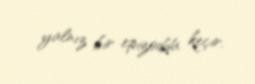
yalnız bir epizodda keçir.